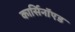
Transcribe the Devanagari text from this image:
कार्सिनॉएड